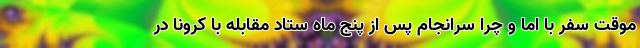
موقت سفر با اما و چرا سرانجام پس از پنج ماه ستاد مقابله با کرونا در